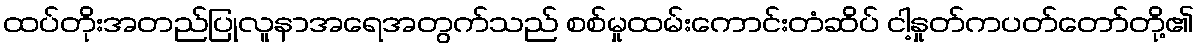
ထပ်တိုးအတည်ပြုလူနာအရေအတွက်သည် စစ်မှုထမ်းကောင်းတံဆိပ် ငါ့နှုတ်ကပတ်တော်တို့၏